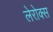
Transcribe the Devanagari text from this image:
लेरोक्स